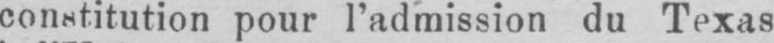
constitution pour l’admission du Texas